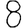
Digit: 8